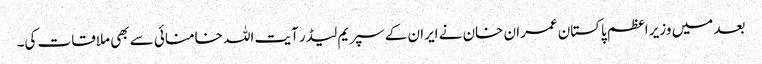
بعد میں وزیر اعظم پاکستان عمران خان نے ایران کے سپریم لیڈر آیت اللہ خامنائی سے بھی ملاقات کی۔